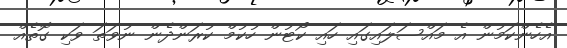
އެހެންކަމުން އެ މައްސަލައިގައި ހައި ކޯޓުން ހުކުމް ކުރަންދެން ނުވަތަ ވަކި ގޮތެއް